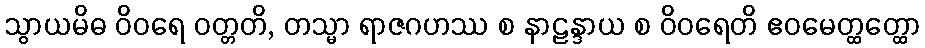
သွာယမိဓ ဝိဝရေ ဝတ္တတိ, တသ္မာ ရာဇဂဟဿ စ နာဠန္ဒာယ စ ဝိဝရေတိ ဧဝမေတ္ထတ္ထော